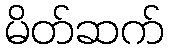
မိတ်ဆက်